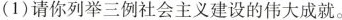
(1)请你列举三例社会主义建设的伟大成就。